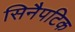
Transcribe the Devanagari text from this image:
सिनैपटिक